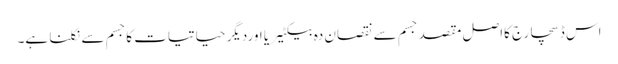
اس ڈسچارج کااصل مقصد جسم سے نقصان دہ بیکٹیریا اوردیگر حیاتیات کاجسم سے نکلنا ہے۔